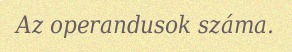
Az operandusok száma.